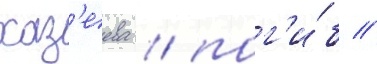
хаз'еева / пог'и́б //